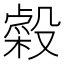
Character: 𣫋